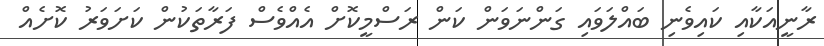
ރާނީއަކާއި ކައިވެނި ބައްލަވައި ގަންނަވަން ކަން ރަސްމީކޮށް އެއްވެސް ފަރާތަކުން ކަށަވަރު ކޮށެއް